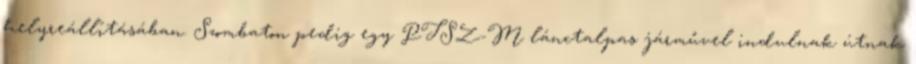
helyreállításában. Szombaton pedig egy PTSZ-M lánctalpas járművel indulnak útnak